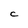
Character: C